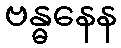
ဗန္ဓနေန